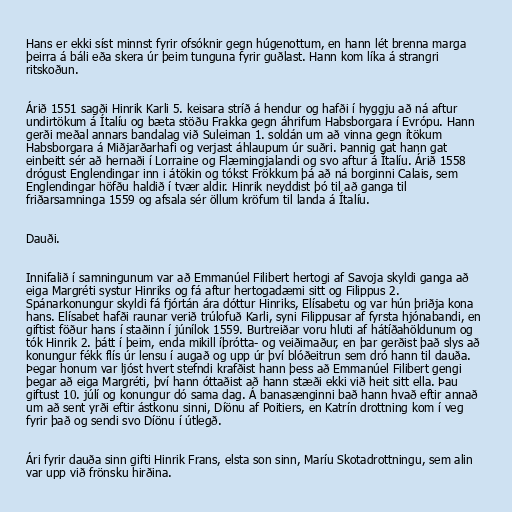
Hans er ekki síst minnst fyrir ofsóknir gegn húgenottum, en hann lét brenna marga
þeirra á báli eða skera úr þeim tunguna fyrir guðlast. Hann kom líka á strangri
ritskoðun.

Árið 1551 sagði Hinrik Karli 5. keisara stríð á hendur og hafði í hyggju að ná aftur
undirtökum á Ítalíu og bæta stöðu Frakka gegn áhrifum Habsborgara í Evrópu. Hann
gerði meðal annars bandalag við Suleiman 1. soldán um að vinna gegn ítökum
Habsborgara á Miðjarðarhafi og verjast áhlaupum úr suðri. Þannig gat hann gat
einbeitt sér að hernaði í Lorraine og Flæmingjalandi og svo aftur á Ítalíu. Árið 1558
drógust Englendingar inn i átökin og tókst Frökkum þá að ná borginni Calais, sem
Englendingar höfðu haldið í tvær aldir. Hinrik neyddist þó til að ganga til
friðarsamninga 1559 og afsala sér öllum kröfum til landa á Ítalíu.

Dauði.

Innifalið í samningunum var að Emmanúel Filibert hertogi af Savoja skyldi ganga að
eiga Margréti systur Hinriks og fá aftur hertogadæmi sitt og Filippus 2.
Spánarkonungur skyldi fá fjórtán ára dóttur Hinriks, Elísabetu og var hún þriðja kona
hans. Elísabet hafði raunar verið trúlofuð Karli, syni Filippusar af fyrsta hjónabandi, en
giftist föður hans í staðinn í júnílok 1559. Burtreiðar voru hluti af hátíðahöldunum og
tók Hinrik 2. þátt í þeim, enda mikill íþrótta- og veiðimaður, en þar gerðist það slys að
konungur fékk flís úr lensu í augað og upp úr því blóðeitrun sem dró hann til dauða.
Þegar honum var ljóst hvert stefndi krafðist hann þess að Emmanúel Filibert gengi
þegar að eiga Margréti, því hann óttaðist að hann stæði ekki við heit sitt ella. Þau
giftust 10. júlí og konungur dó sama dag. Á banasænginni bað hann hvað eftir annað
um að sent yrði eftir ástkonu sinni, Díönu af Poitiers, en Katrín drottning kom í veg
fyrir það og sendi svo Díönu í útlegð.

Ári fyrir dauða sinn gifti Hinrik Frans, elsta son sinn, Maríu Skotadrottningu, sem alin
var upp við frönsku hirðina.